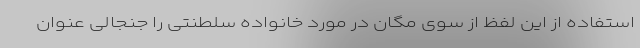
استفاده از این لفظ از سوی مگان در مورد خانواده سلطنتی را جنجالی عنوان